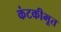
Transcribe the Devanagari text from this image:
कंटकीभूत